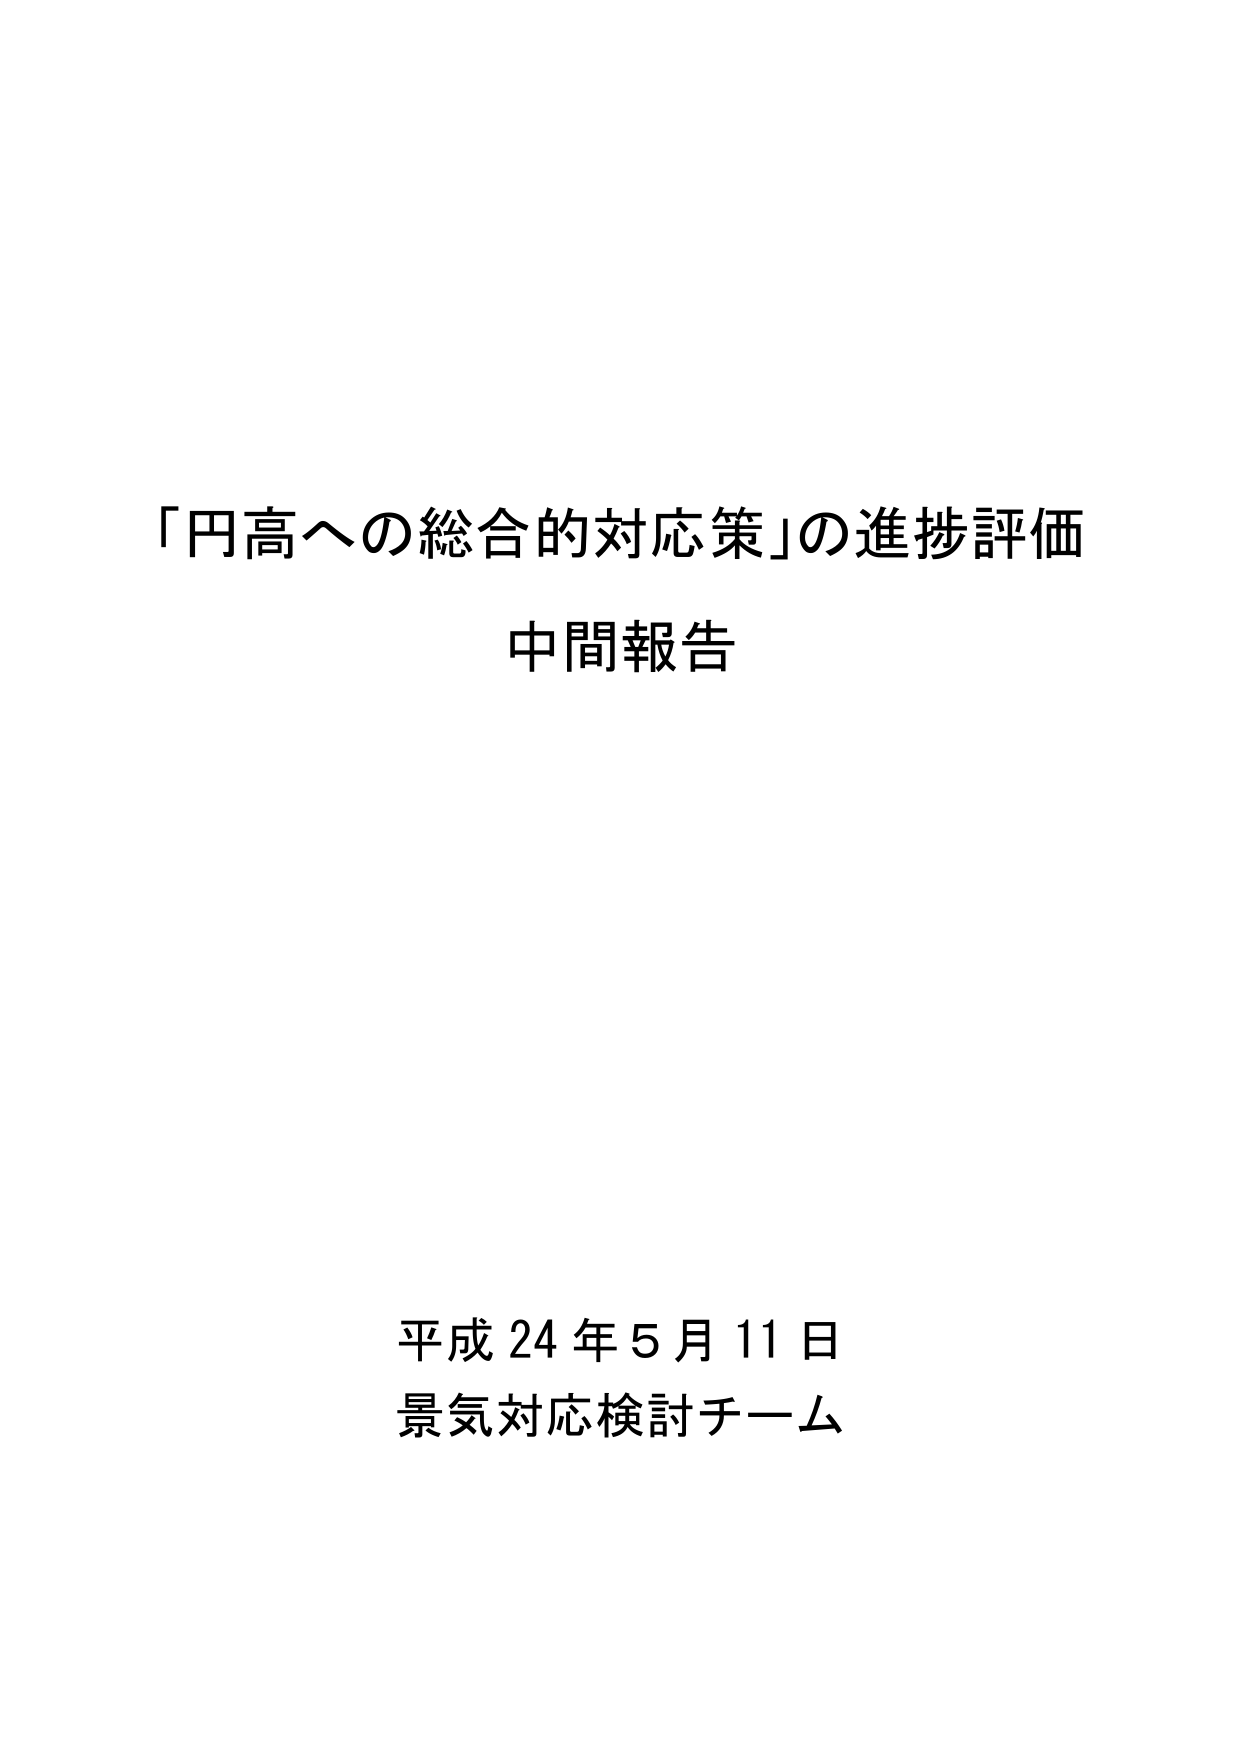
「円高への総合的対応策」の進捗評価
中間報告

平成24年5月11日
景気対応検討チーム